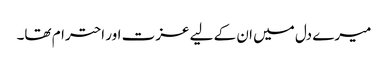
میرے دل میں ان کے لیے عزت اور احترام تھا۔